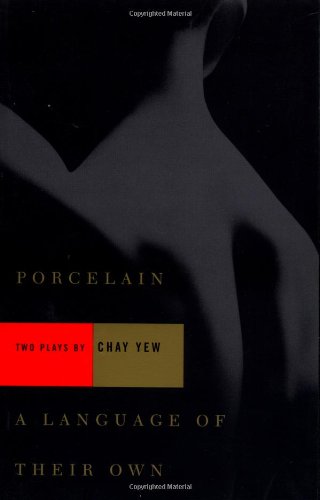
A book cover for Porcelain and A Language of Their Own: Two Plays; Chay Yew; Literature & Fiction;